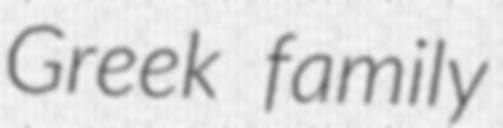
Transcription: Greek family